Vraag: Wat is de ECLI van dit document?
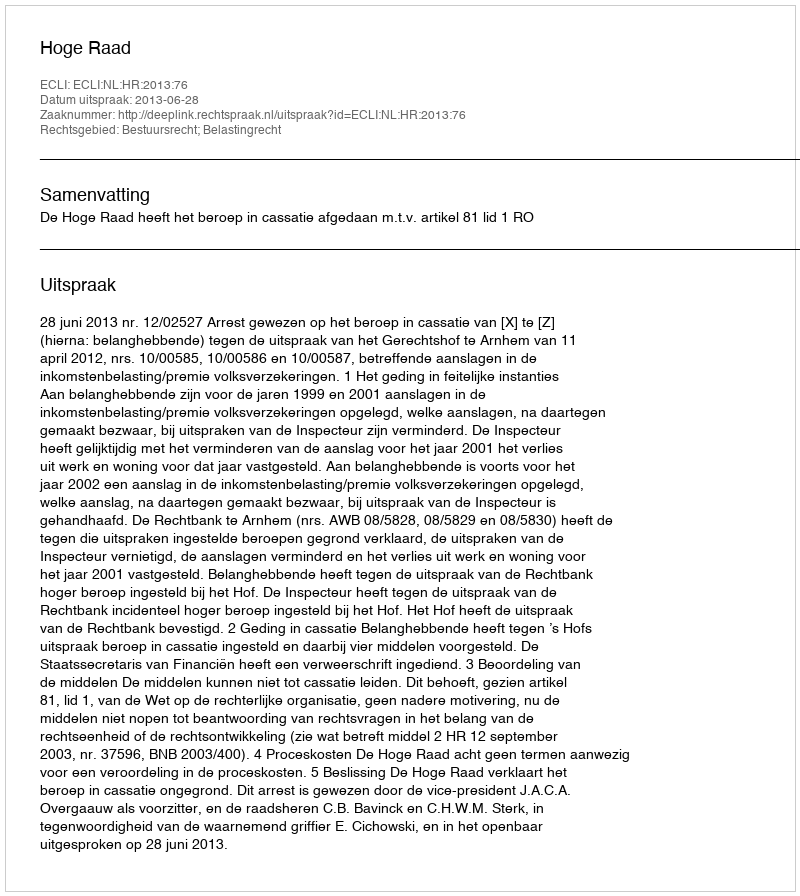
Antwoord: ECLI:NL:HR:2013:76